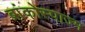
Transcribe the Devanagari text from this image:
ब्रांकोस्पाज्म